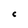
Character: C